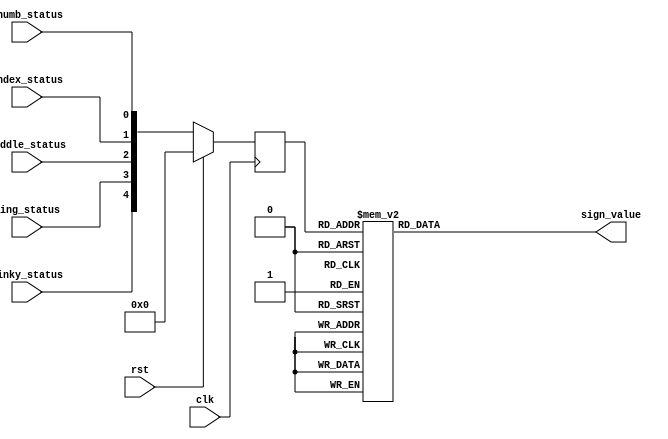
module SignIdentification(thumb_status,
			  index_status,
			  middle_status,
			  ring_status,
			  pinky_status,
			  sign_value,
			  rst,clk);
   
   input      thumb_status;//
   input      index_status;//
   input      middle_status;//
   input      ring_status;//
   input      pinky_status;//

   output    reg [3:0] sign_value;

   input 	rst, clk;

//    reg 		sign_value;
   reg [4:0] 	finger_db;


   always @(posedge clk) begin
      if(rst) begin
	//  sign_value <= 4'b0000;
	 finger_db<=0;

      end

      else begin
	 finger_db <= {pinky_status, ring_status, middle_status, index_status, thumb_status};
	//  case(finger_db)
	//    5'b00010 : sign_value <= 1;
	//    5'b00110 : sign_value <= 2;
  	//    5'b00111 : sign_value <= 3;
	//    5'b01111 : sign_value <= 4;
	//    5'b11111 : sign_value <= 5;
	//    5'b01110 : sign_value <= 6;
	//    5'b10110 : sign_value <= 7;
	//    5'b11010 : sign_value <= 8;
	//    5'b11100 : sign_value <= 9;
	//    default : sign_value <= 10;
	//  endcase // case (finger_db)
      end // else: !if(rst)
   end // always @ posedge(clk)
   always @ (*)
   begin 
	case(finger_db)
	5'b00010 : sign_value <= 1;
	5'b00110 : sign_value <= 2;
	  5'b00111 : sign_value <= 3;
	5'b01111 : sign_value <= 4;
	5'b11111 : sign_value <= 5;
	5'b01110 : sign_value <= 6;
	5'b10110 : sign_value <= 7;
	5'b11010 : sign_value <= 8;
	5'b11100 : sign_value <= 9;
	default : sign_value <= 10;
  endcase // case (finger_db)
   end // else: !if(rst)

endmodule // FingerIdentification